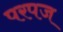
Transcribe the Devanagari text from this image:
परपज